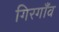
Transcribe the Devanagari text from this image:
गिरगाँव